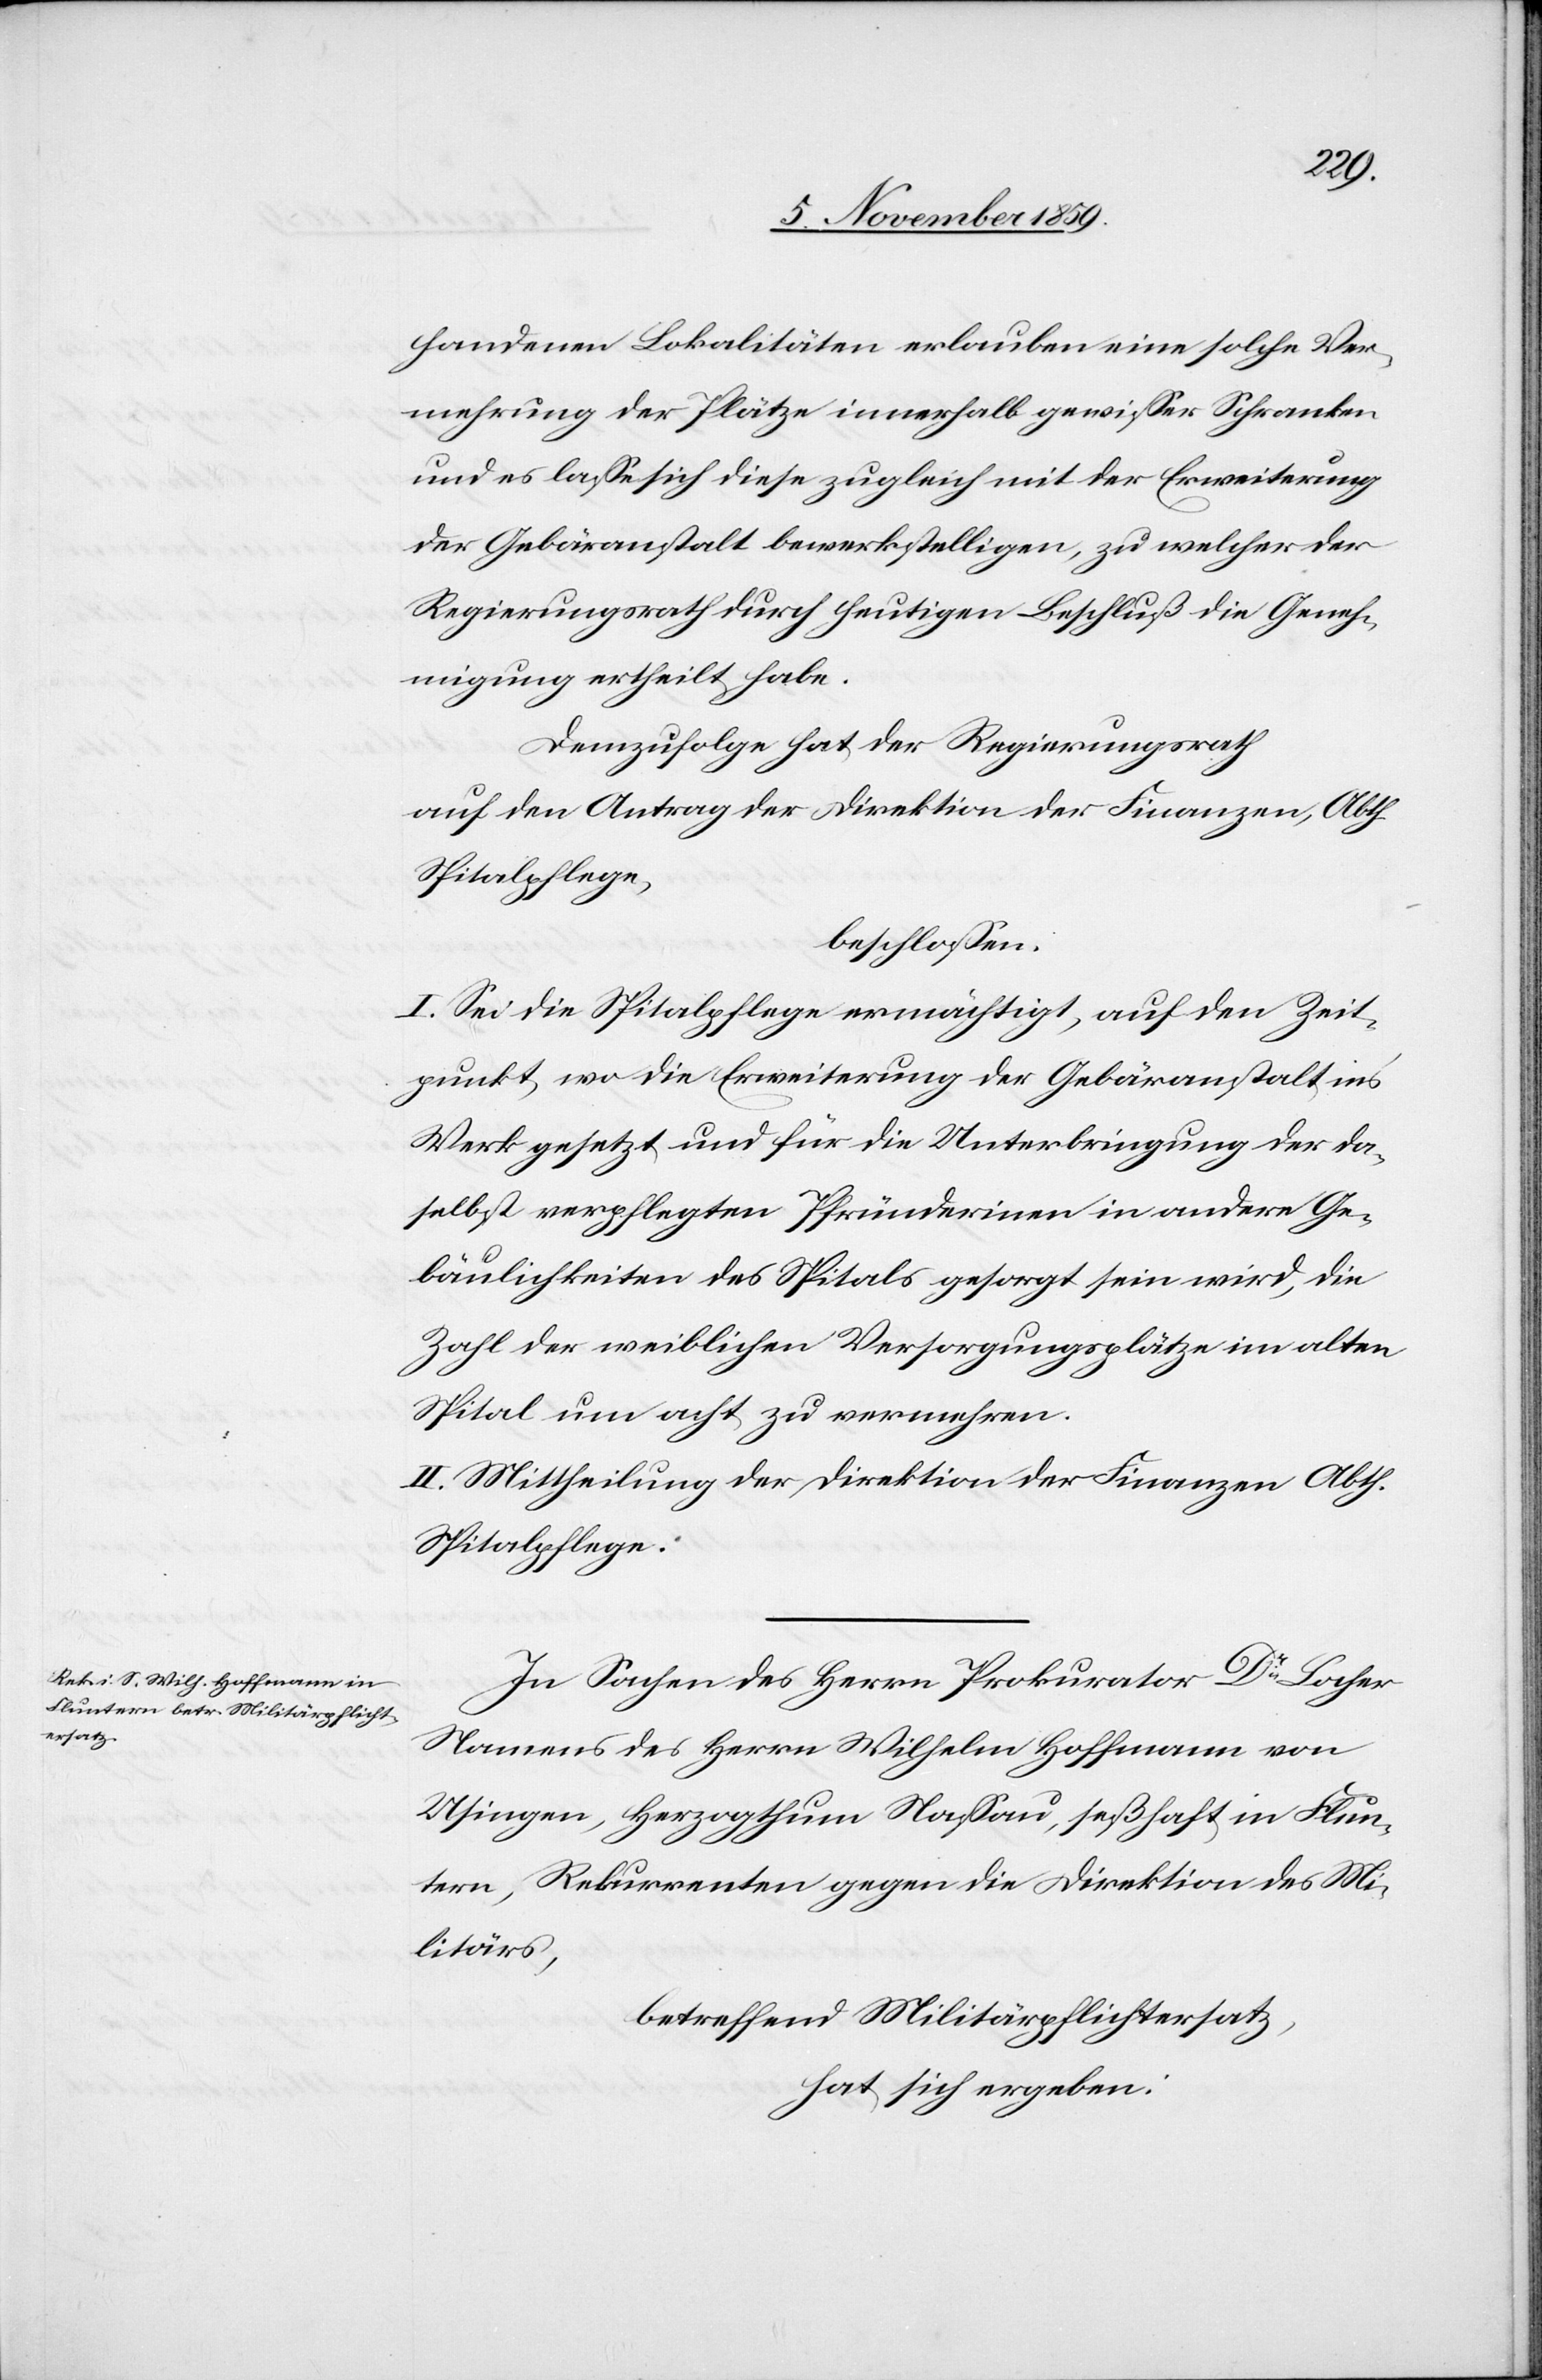
handenen Lokalitäten erlauben eine solche Ver¬
mehrung der Plätze innerhalb gewisser Schranken
und es lasse sich diese zugleich mit der Erweiterung
der Gebäranstalt bewerkstelligen, zu welcher der
Regierungsrath durch heutigen Beschluß die Geneh¬
migung ertheilt habe.
Demzufolge hat der Regierungsrath
auf den Antrag der Direktion der Finanzen, Abth.
Spitalpflege,
beschlossen:
I. Sei die Spitalpflege ermächtigt, auf den Zeit¬
punkt, wo die Erweiterung der Gebäranstalt in’s
Werk gesetzt und für die Unterbringung der da¬
selbst verpflegten Pfründerinen in andern Ge¬
bäulichkeiten des Spitals gesorgt sein wird, die
Zahl der weiblichen Versorgungsplätze im alten
Spital um acht zu vermehren.
II. Mittheilung der Direktion der Finanzen, Abth.
Spitalpflege.
In Sachen des Herrn Prokurator Dr Locher
Namens des Herrn Wilhelm Hoffmann von
Usingen, Herzogthum Nassau, seßhaft in Flun¬
tern, Rekurrenten gegen die Direktion des Mi¬
litärs,
betreffend Militärpflichtersatz,
hat sich ergeben: